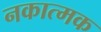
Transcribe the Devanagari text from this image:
नकात्मक